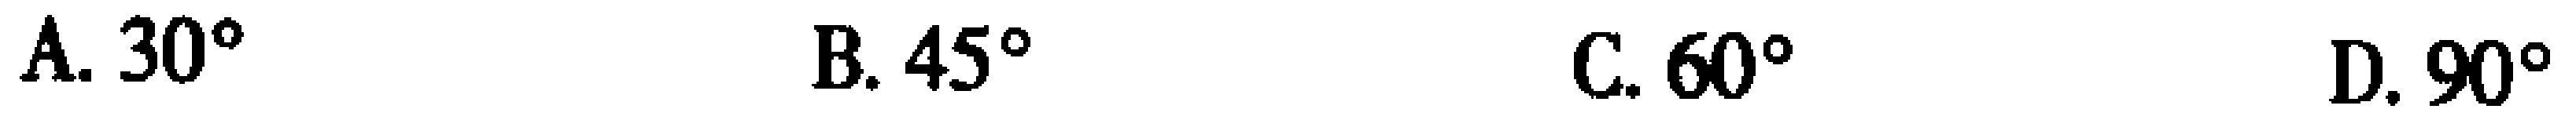
A. \(30^{\circ}\)  B. \(45^{\circ}\)  C. \(60^{\circ}\)  D. \(90^{\circ}\)